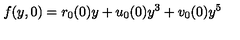
f ( y , 0 ) = r _ { 0 } ( 0 ) y + u _ { 0 } ( 0 ) y ^ { 3 } + v _ { 0 } ( 0 ) y ^ { 5 }